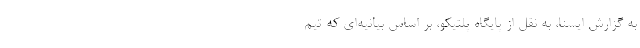
به گزارش ایسنا، به نقل از پایگاه پلتیکو، بر اساس بیانیه‌ای که تیم